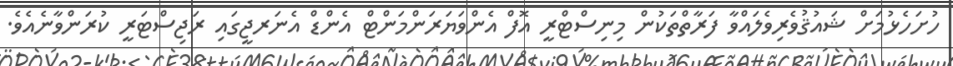
ހުށަހެޅުމަށް ޝައުޤުވެރިވެލައްވާ ފަރާތްތަކުން މިނިސްޓްރީ އޮފް އެންވަޔަރަންމަންޓް އެންޑް އެނަރޖީގައި ރަޖިސްޓަރީ ކުރަންވާނެއެވެ.